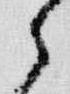
之